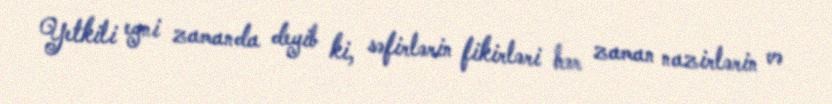
Yetkili eyni zamanda deyib ki, səfirlərin fikirləri hər zaman nazirlərin və